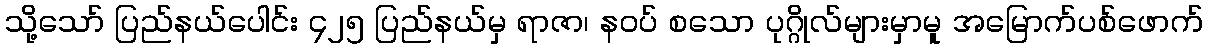
သို့သော် ပြည်နယ်ပေါင်း ၄၂၅ ပြည်နယ်မှ ရာဇာ၊ နဝပ် စသော ပုဂ္ဂိုလ်များမှာမူ အမြောက်ပစ်ဖောက်